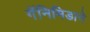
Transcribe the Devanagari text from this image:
गॅनिमिडाने